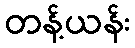
တန့်ယန်း